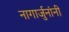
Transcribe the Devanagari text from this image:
नागार्जुनांनी